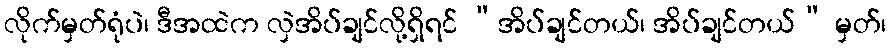
လိုက်မှတ်ရုံပဲ၊ ဒီအထဲက လှဲအိပ်ချင်လို့ရှိရင် “အိပ်ချင်တယ်၊ အိပ်ချင်တယ်” မှတ်၊